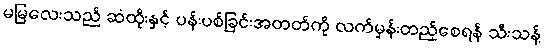
မမြလေးသည် ဆံထိုးနှင့် ပန်းပစ်ခြင်းအတတ်ကို လက်မှန်းတည့်စေရန် သီးသန့်